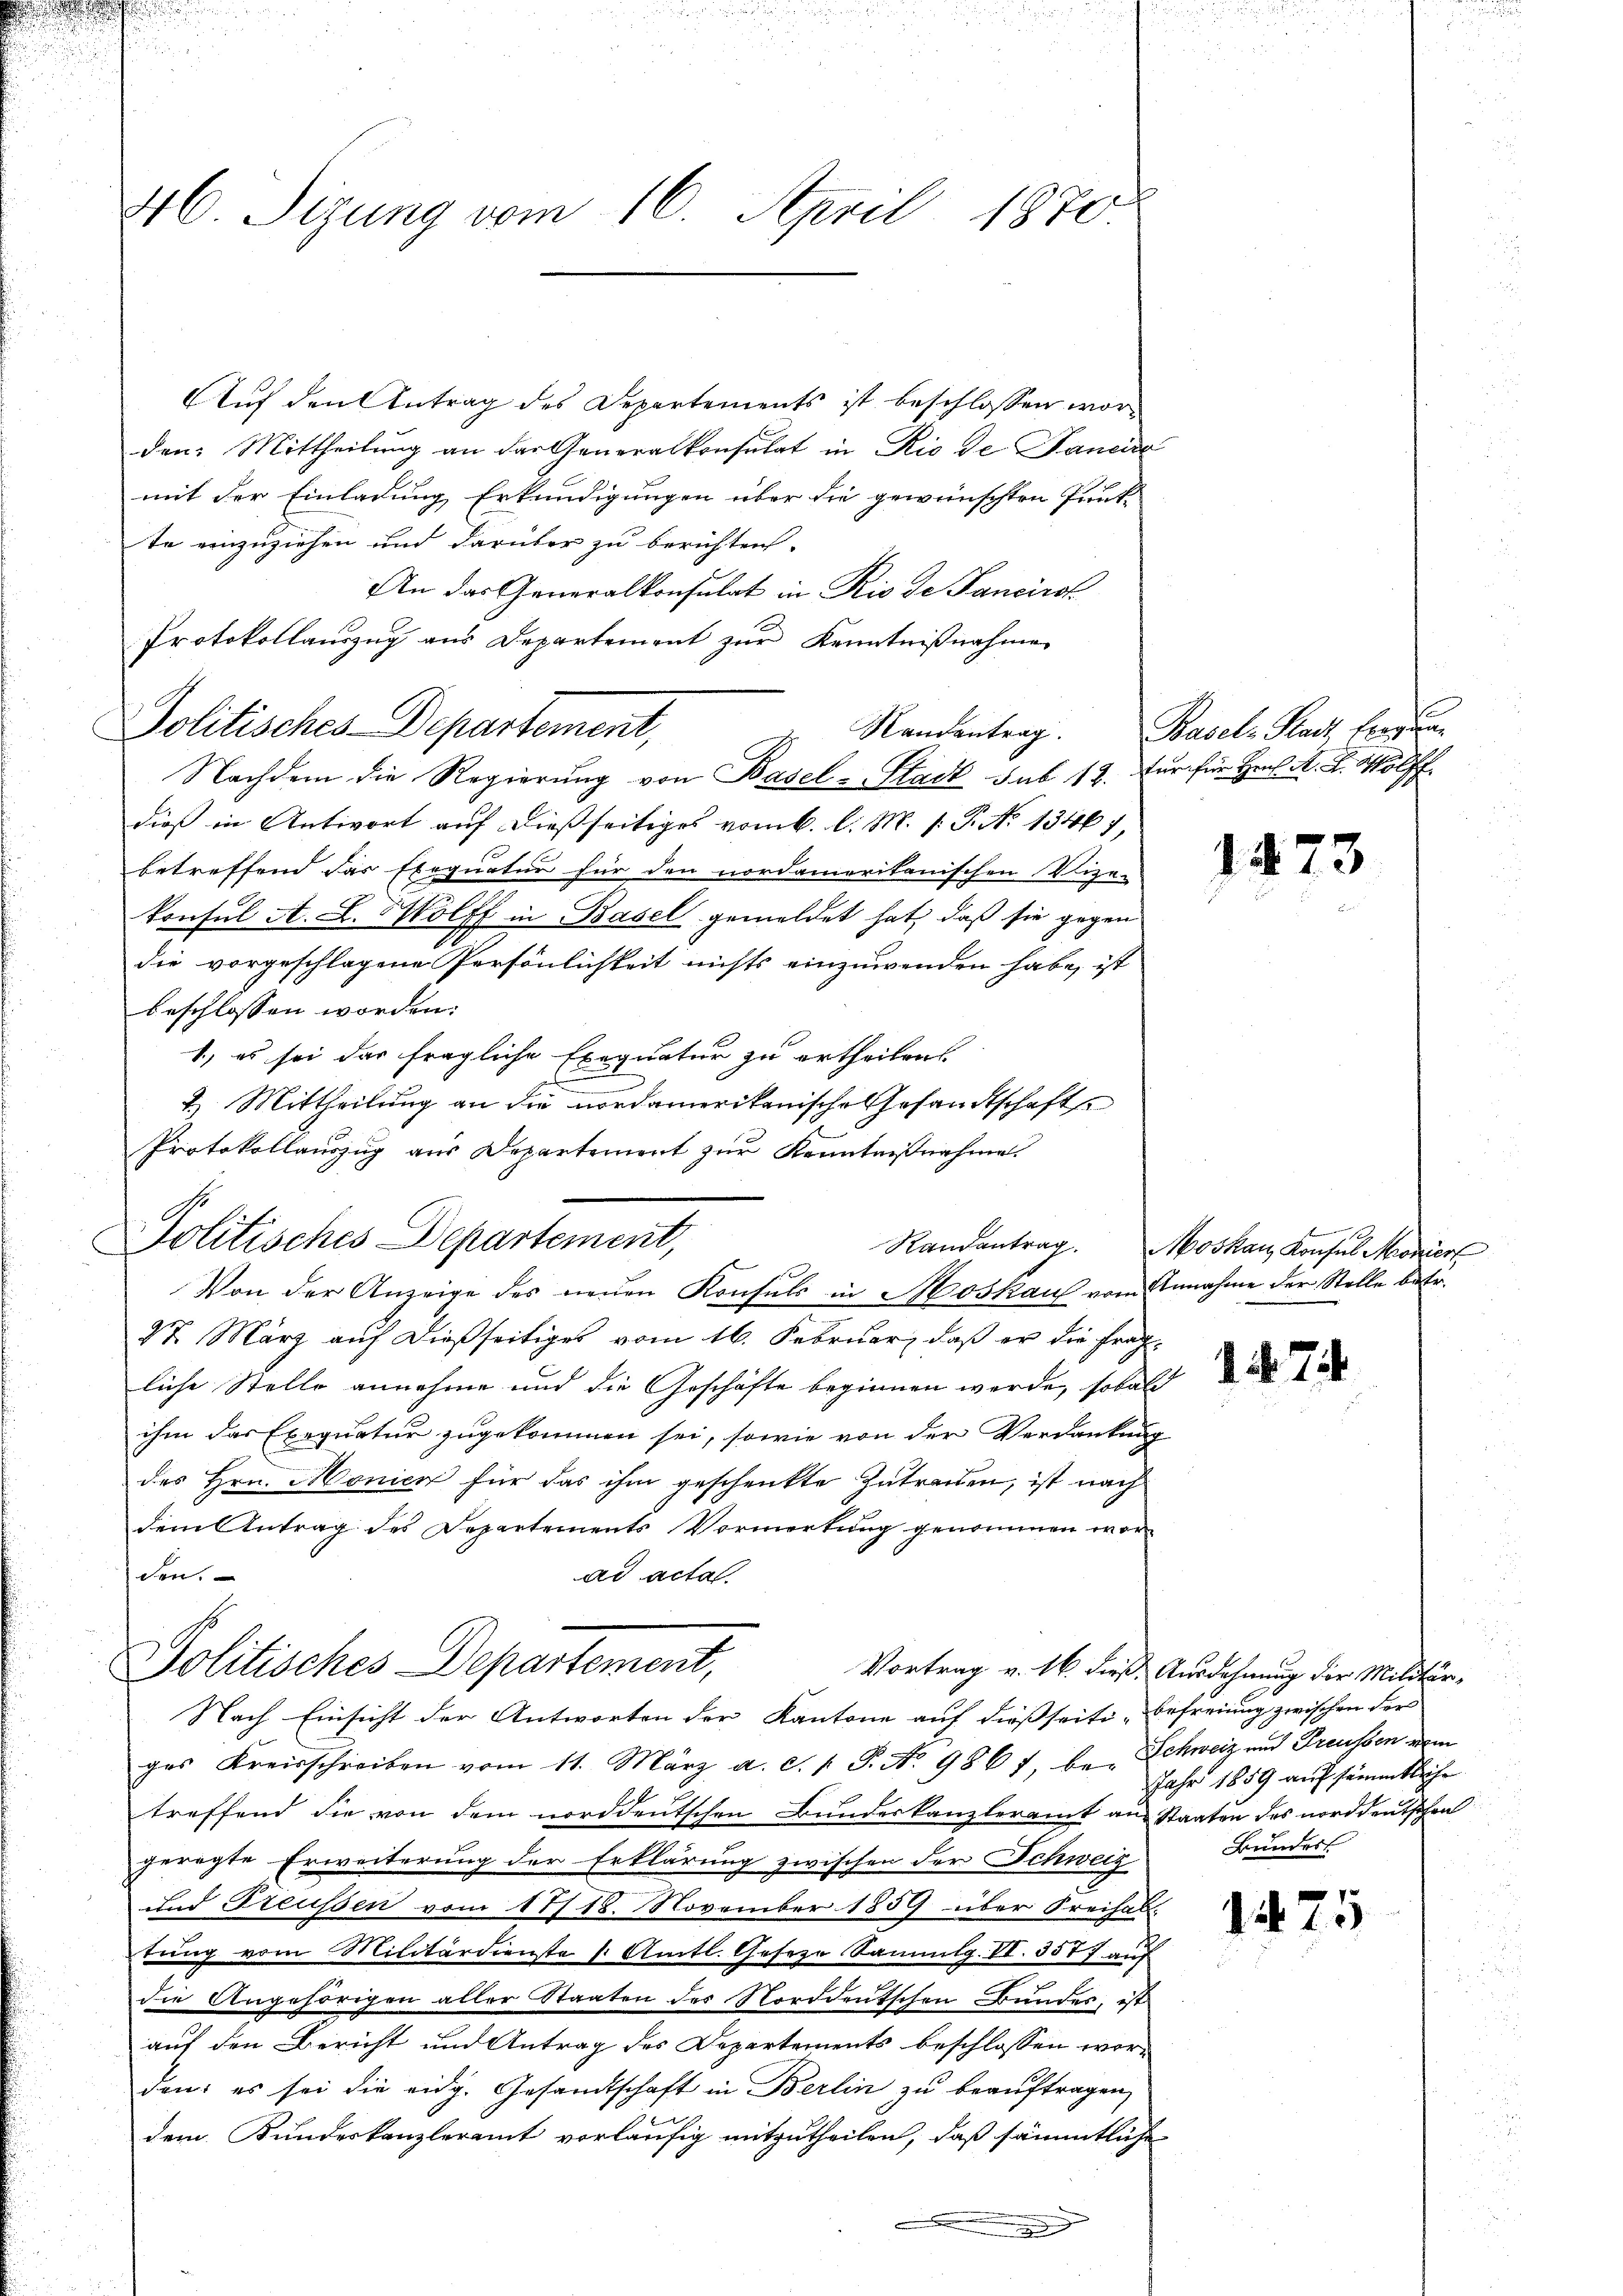
46 Sizung vom 16. April 1870

Auf den Antrag des Departements ist beschlossen worden: Mittheilung an der Generalkonsulat in Rio de Janeide
mit der Einladung Erkundigungen über die gewünschten Punkte einzuziehen und darüber zu berichten.
An das Generalkonsulat in Rio de Fancirol
Protokollauszug aus Departement zur Kenntnißnahme
Politisches Departement,
Nachdem die Regierung von Basel-Stadt sub 12. Nur für Hrn. M. D. Wolff
dieß in Antwort auf dießseitiges vom 6. l. M. 1. P. No 13467,
betreffend das Exequatur für den nordamerikanischen Vize-
konsul A. L. Wolff in Basel gemeldet hat, daß sie gegen
die vorgeschlagene Persönlichkeit nichts einzuwenden habe, ist
beschlossen worden.
1) es sei das fragliche Exequatur zu ertheilen
¬
2.) Mittheilung an die nordamerikanische Gesandtschaft
Protokollauszug aus Departement zur Kenntnißnahme.
Politisches Departement,
Von der Anzeige des neŭen Konsuls in Moskauf vom Annahme der Stelle betr.
St. März auf dießseitiges vom 16. Februar, daß er die fragliche Stelle annehme und die Geschäfte beginnen werde, sobald
ihm das Exequatur zugekommen sei, sowie von der Verdankung
des Hrn. Monien für das ihm geschenkte Zutrauen, ist nach
dem Antrag des Departements Vormerkung genommen worden.
ad acta.
Politisches Departement,
Nach Einsicht der Antworten der Kantone auf dießseiti-Befreiung zwischen Fors
ges Kreisschreiben vom 11. März a. c. l. J. N. 986 7, bei Schweiz und Freussen dem
treffend die von dem norddeutschen Bundeskanzleramt an Staaten des norddeutschen
geregte Erweiterung der Erklärung zwischen der Schweiz
und Treussen vom 17/18. November 1859 über Freihal-
tung vom Militärdienste s. Amtl. Geseze Sammlg. VI. 3577 auf
die Angehörigen aller Staaten des Norddeutschen Bundes, ist
auf den Bericht und Antrag des Departements beschlossen worden; es sei die eidg. Gesandtschaft in Berlin zu beauftragen,
en
dem Bundeskanzleramt vorläufig mitzutheilen, daß sämmtliche

Randentrag. Basel-Stadt fregun

1473

Randantrag. Moskau Konsul Moniert

1 No 74

Vortrag v. 16. dieß Ausdehnung der Militär-
Jahr 1859 auf sämmtliche
Bundes

1475